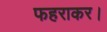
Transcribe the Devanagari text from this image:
फहराकर।